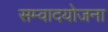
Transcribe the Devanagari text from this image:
सम्वादयोजना